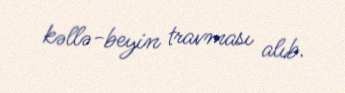
kəllə-beyin travması alıb.